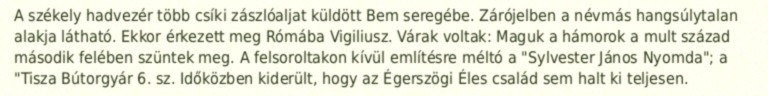
A székely hadvezér több csíki zászlóaljat küldött Bem seregébe. Zárójelben a névmás hangsúlytalan alakja látható. Ekkor érkezett meg Rómába Vigiliusz. Várak voltak: Maguk a hámorok a mult század második felében szüntek meg. A felsoroltakon kívül említésre méltó a "Sylvester János Nyomda"; a "Tisza Bútorgyár 6. sz. Időközben kiderült, hogy az Égerszögi Éles család sem halt ki teljesen.